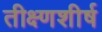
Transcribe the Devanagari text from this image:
तीक्ष्णशीर्ष